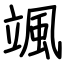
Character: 颯